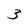
Character: 3